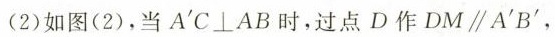
(2)如图(2)，当A^{'}C \bot AB时，过点D作DM \parallel A^{'}B^{'}，